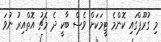
މި ގުރޫޕްގައި ކޮންމެ ޓީމަކަށް ވެސް ބާކީ ދެ މެޗު އޮތްއިރު ނުވަ